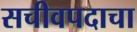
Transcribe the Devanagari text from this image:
सचीवपदाचा